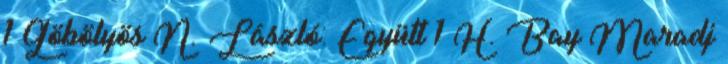
1 Göbölyös N. László: Együtt 1 H. Bay Maradj